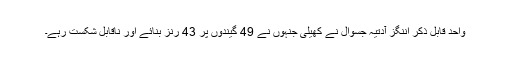
واحد قابل ذکر اننگز آدتیہ جسوال نے کھیلی جنہوں نے 49 گیندوں پر 43 رنز بنائے اور ناقابل شکست رہے۔